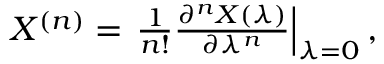
\begin{array} { r } { X ^ { ( n ) } = \left. \frac { 1 } { n ! } \frac { \partial ^ { n } X ( \lambda ) } { \partial \lambda ^ { n } } \right| _ { \lambda = 0 } , } \end{array}